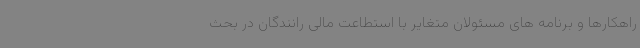
راهکارها و برنامه های مسئولان متغایر با استطاعت مالی رانندگان در بحث